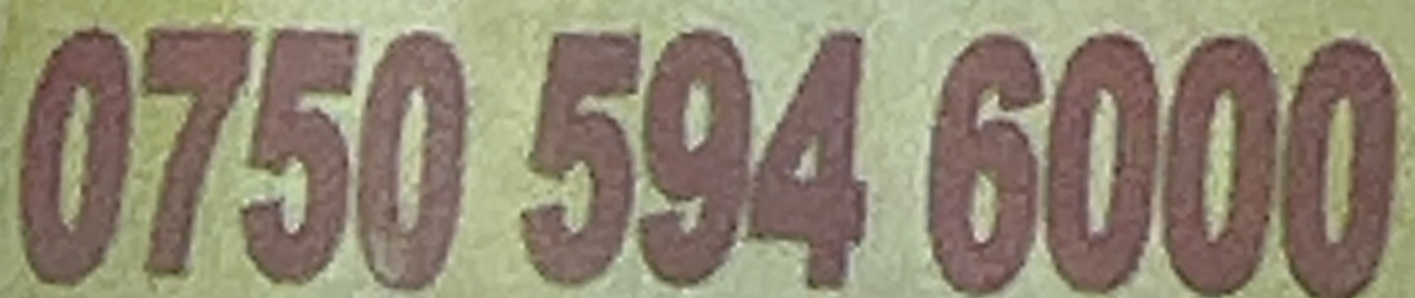
0750 594 6000